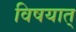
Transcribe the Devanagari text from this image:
विषयात्